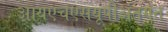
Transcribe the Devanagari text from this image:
आयएचएसयूपीअंतर्गत